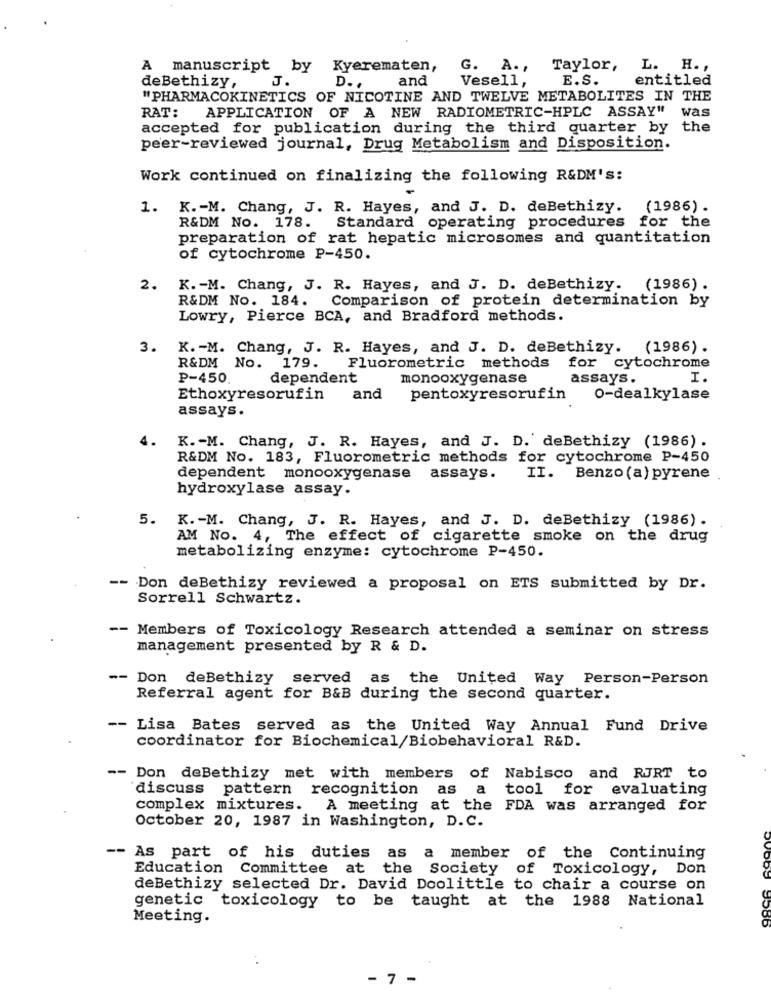
A manuscript by
Kyerematen,
G. A. ,
Taylor,
L. H .,
J.
D. .
and
Vesell,
E.S.
entitled
deBethizy,
"PHARMACOKINETICS OF NICOTINE AND TWELVE METABOLITES IN THE
RAT: APPLICATION OF A NEW RADIOMETRIC-HPLC ASSAY" was
accepted for publication during the third quarter by the
peer-reviewed journal, Drug Metabolism and Disposition.
Work continued on finalizing the following R&DM's:
1. K .- M. Chang, J. R. Hayes, and J. D. deBethizy.
(1986) .
R&DM No. 178. Standard operating procedures for the
preparation of rat hepatic microsomes and quantitation
of cytochrome P-450.
2.
K. - M. Chang, J. R. Hayes, and J. D. deBethizy.
(1986) .
R&DM No. 184.
Comparison of protein determination by
Lowry, Pierce BCA, and Bradford methods.
3. K .- M. Chang, J. R. Hayes, and J. D. deBethizy. (1986).
R&DM No.
179.
Fluorometric methods
for cytochrome
P-450.
dependent
monooxygenase
assays.
I.
Ethoxyresorufin
and
pentoxyresorufin
O-dealkylase
assays.
4.
K. - M. Chang, J. R. Hayes, and J. D. deBethizy (1986).
R&DM No. 183, Fluorometric methods for cytochrome P-450
dependent monooxygenase assays.
II. Benzo(a) pyrene .
hydroxylase assay.
5. K .- M. Chang, J. R. Hayes, and J. D. deBethizy (1986).
AM NO. 4, The effect of cigarette smoke on the drug
metabolizing enzyme: cytochrome P-450.
-- Don deBethizy reviewed a proposal on ETS submitted by Dr.
Sorrell Schwartz.
-- Members of Toxicology Research attended a seminar on stress
management presented by R & D.
-- Don
deBethizy served as the United Way Person-Person
Referral agent for B&B during the second quarter.
-- Lisa Bates served as the United Way Annual Fund Drive
coordinator for Biochemical/Biobehavioral R&D.
-- Don deBethizy met with members of Nabisco and RJRT to
discuss pattern recognition as a tool for evaluating
complex mixtures. A meeting at the FDA was arranged for
October 20, 1987 in Washington, D.C.
-- As part of his duties as a member of the Continuing
Education Committee at the Society
of Toxicology, Don
deBethizy selected Dr. David Doolittle to chair a course on
genetic toxicology to be taught at the 1988 National
Meeting.
. .
- 7 -